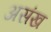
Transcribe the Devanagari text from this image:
असंख